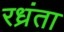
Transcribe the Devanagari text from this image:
रध्रंता